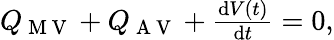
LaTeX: \begin{array}{r}{Q_{\mathrm{~M~V~}}+Q_{\mathrm{~A~V~}}+\frac{\mathrm{d}V(t)}{\mathrm{d}t}=0,}\end{array}